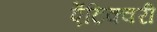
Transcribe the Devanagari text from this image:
ऐंटिक्वरी